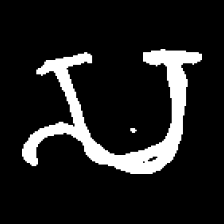
Pyu character \u2014 Myanmar letter: သ (romanized: sa)